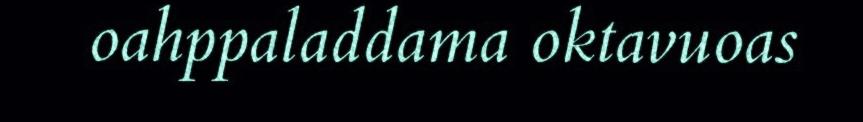
oahppaladdama oktavuoas